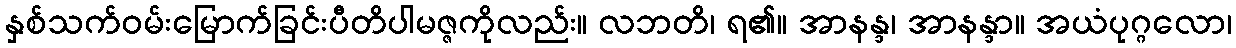
နှစ်သက်ဝမ်းမြောက်ခြင်းပီတိပါမဇ္ဇကိုလည်း။ လဘတိ၊ ရ၏။ အာနန္ဒ၊ အာနန္ဒာ။ အယံပုဂ္ဂလော၊